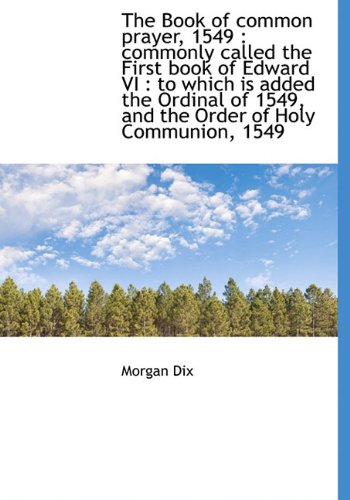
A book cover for The Book of common prayer, 1549: commonly called the First book of Edward VI : to which is added th; Morgan Dix; Christian Books & Bibles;